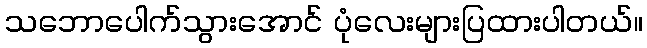
သဘောပေါက်သွားအောင် ပုံလေးများပြထားပါတယ်။